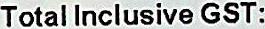
TOTAL INCLUSIVE GST: